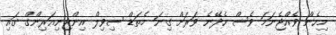
މިހެން ވެއްޖެނަމަ ވެސް ހެދޭނެ ވަރަށް ގިނަ މެތަޑް ސިވިލް އިންޖިނިއަރިންގް ގައި